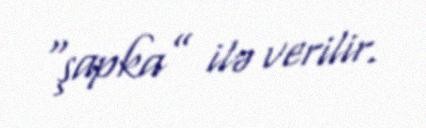
“şapka” ilə verilir.